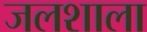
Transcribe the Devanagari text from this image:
जलशाला